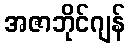
အဇာဘိုင်ဂျန်